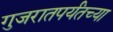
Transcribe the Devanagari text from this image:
गुजरातपर्यंतच्या